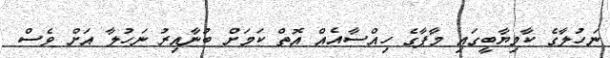
ނަހުލާގެ ކާމިޔާބީގައި މާޕާގެ ހިއްސާއެއް އޮތް ކަމަށް ބުނާއިރު ނަހުލާ އަށް ވެސް